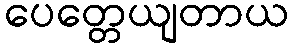
ပေတ္တေယျတာယ